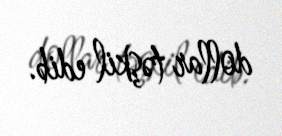
dollar təşkil edib.